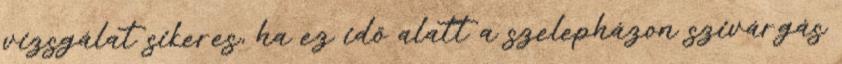
vizsgálat sikeres, ha ez idõ alatt a szelepházon szivárgás